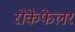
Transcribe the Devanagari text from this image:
रोकेफेलर